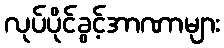
လုပ်ပိုင်ခွင့်အာဏာများ